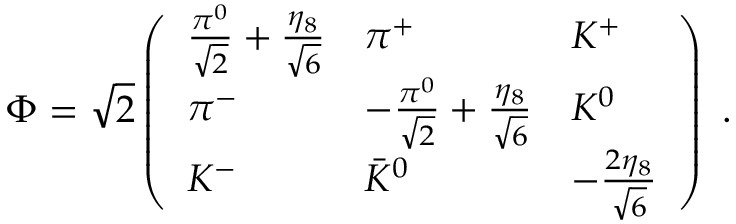
\Phi = \sqrt { 2 } \left( \begin{array} { l l l } { { \frac { \pi ^ { 0 } } { \sqrt { 2 } } + \frac { \eta _ { 8 } } { \sqrt { 6 } } } } & { { \pi ^ { + } } } & { { K ^ { + } } } \\ { { \pi ^ { - } } } & { { - \frac { \pi ^ { 0 } } { \sqrt { 2 } } + \frac { \eta _ { 8 } } { \sqrt { 6 } } } } & { { K ^ { 0 } } } \\ { { K ^ { - } } } & { { { \bar { K } } ^ { 0 } } } & { { - \frac { 2 \eta _ { 8 } } { \sqrt { 6 } } } } \end{array} \right) \ .